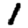
Digit: 1